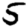
Digit: 5